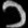
Digit: ၁